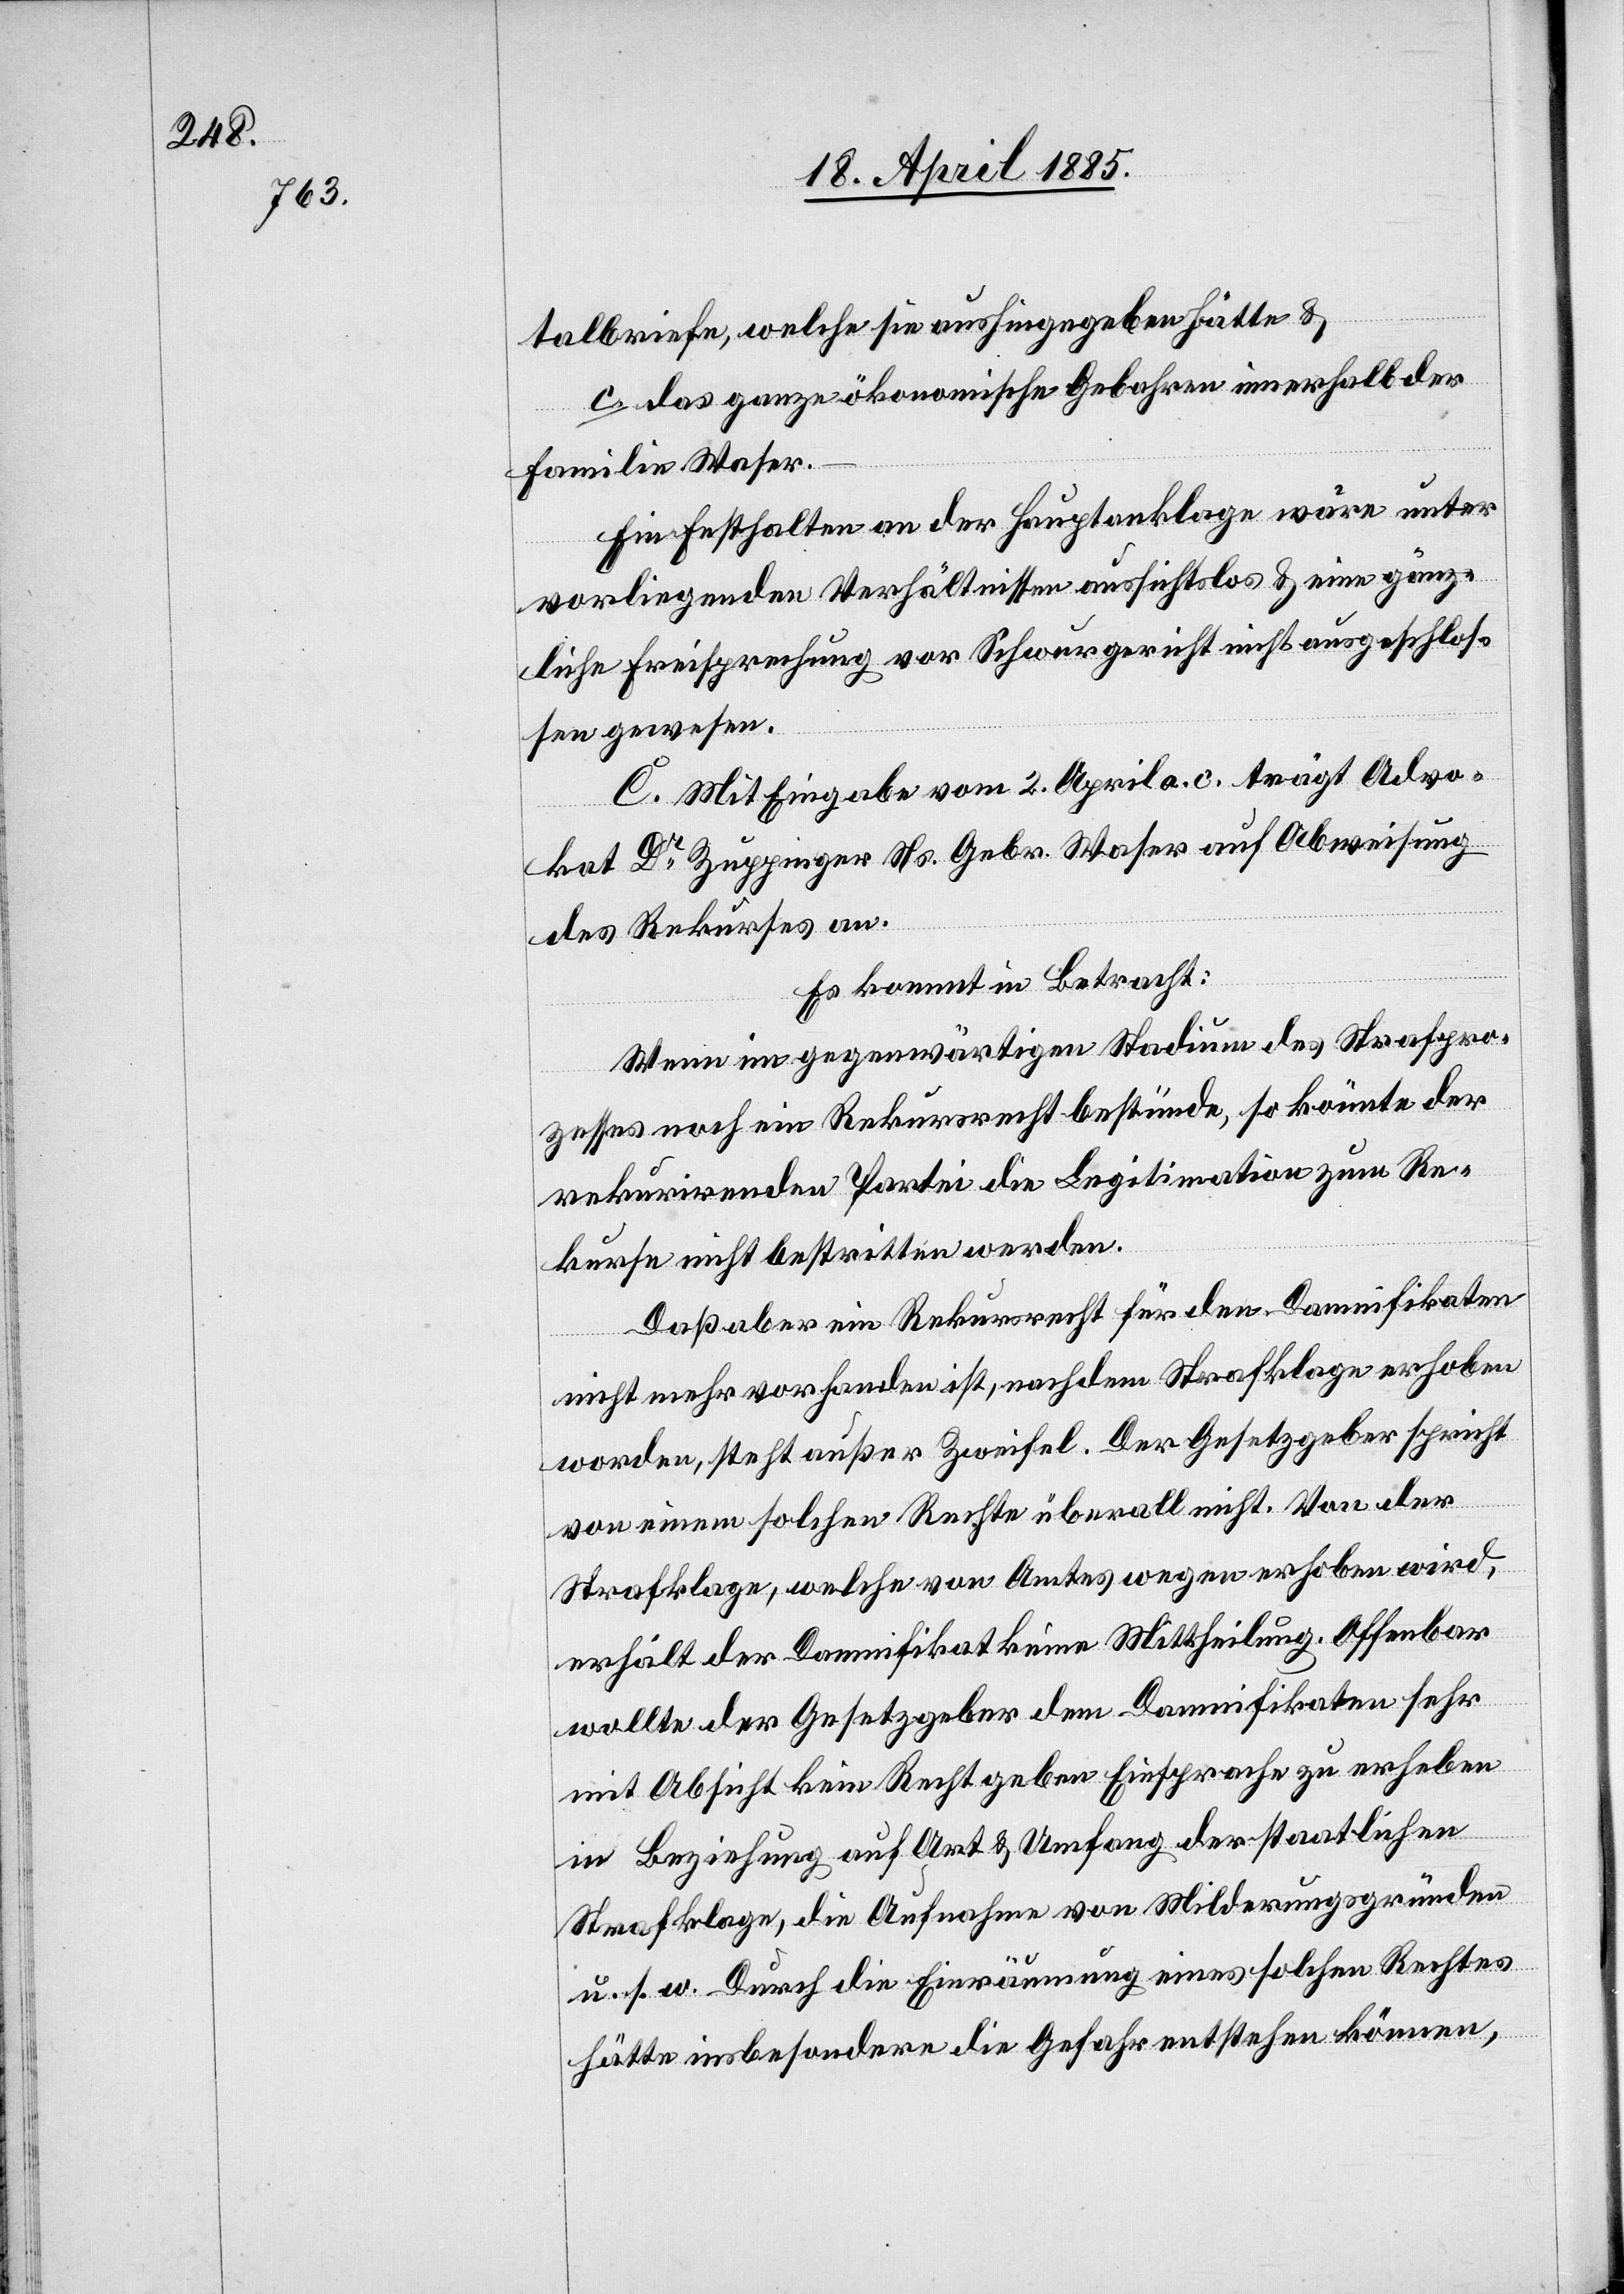
talbriefe, welche sie aushingegeben hätte &
c. das ganze ökonomische Gebahren innerhalb der
Familie Waser.
Ein Festhalten an der Hauptanklage wäre unter
vorliegenden Verhältnissen aussichtslos & eine gänz¬
liche Freisprechung vor Schwurgericht nicht ausgeschlos¬
sen gewesen.
C. Mit Eingabe vom 2. April a. c. trägt Advo¬
kat Dr Zuppinger Ns. Gebr. Waser auf Abweisung
des Rekurses an.
Es kommt in Betracht:
Wenn im gegenwärtigen Stadium des Strafpro¬
zesses noch ein Rekursrecht bestünde, so könnte der
rekurrirenden Partei die Legitimation zum Re¬
kurse nicht bestritten werden.
Daß aber ein Rekursrecht für den Damnifikaten
nicht mehr vorhanden ist, nachdem Strafklage erhoben
worden, steht außer Zweifel. Der Gesetzgeber spricht
von einem solchen Rechte überall nicht. Von der
Strafklage, welche von Amtes wegen erhoben wird,
erhält der Damnifikat keine Mittheilung. Offenbar
wollte der Gesetzgeber dem Damnifikaten sehr
mit Absicht kein Recht geben Einsprache zu erheben
in Beziehung auf Art & Umfang der staatlichen
Strafklage, die Aufnahme von Milderungsgründen
u. s. w. Durch die Einräumung eines solchen Rechtes
hätte insbesondere die Gefahr entstehen können,